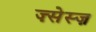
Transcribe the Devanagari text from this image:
ज़्सेस्ज़